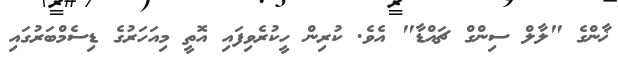
ޚާންގެ "ލާލް ސިންގް ޗައްޑާ" އެވެ. ކުރިން ހީކުރެވިފައި އޮތީ މިއަހަރުގެ ޑިސެމްބަރުގައި